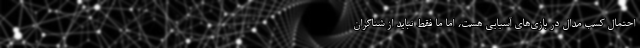
احتمال کسب مدال در بازی‌های آسیایی هست، اما ما فقط نباید از شناگران